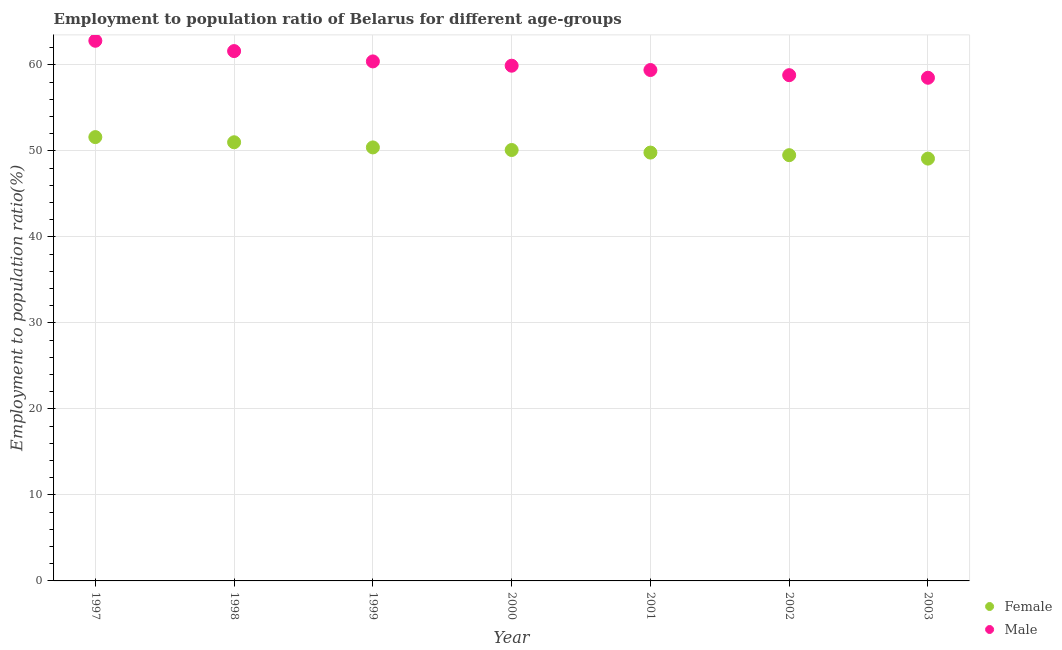
| Year | Female | Male |
 | --- | --- | --- |
 | 1997 | 51.6 | 62.8 |
 | 1998 | 51 | 61.6 |
 | 1999 | 50.4 | 60.4 |
 | 2000 | 50.1 | 59.9 |
 | 2001 | 49.8 | 59.4 |
 | 2002 | 49.5 | 58.8 |
 | 2003 | 49.1 | 58.5 |